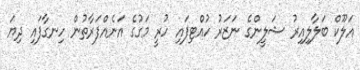
އަލޫކް ބަލާލިއިރު ޝަލީންގެ ނަޒަރު ހުއްޓިފައި ހުރީ މަގުގެ އަނެއްފަރާތުން ހިނގާފައި ދިޔަ